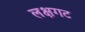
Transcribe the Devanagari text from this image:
लक्षगट